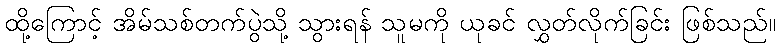
ထို့ကြောင့် အိမ်သစ်တက်ပွဲသို့ သွားရန် သူမကို ယုခင် လွှတ်လိုက်ခြင်း ဖြစ်သည်။